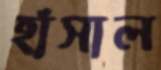
হাঁসাল